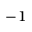
^ { - 1 }